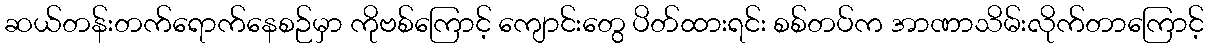
ဆယ်တန်းတက်ရောက်နေစဉ်မှာ ကိုဗစ်ကြောင့် ကျောင်းတွေ ပိတ်ထားရင်း စစ်တပ်က အာဏာသိမ်းလိုက်တာကြောင့်